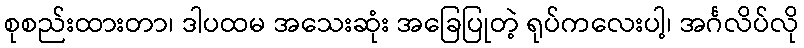
စုစည်းထားတာ၊ ဒါပထမ အသေးဆုံး အခြေပြုတဲ့ ရုပ်ကလေးပါ့၊ အင်္ဂလိပ်လို